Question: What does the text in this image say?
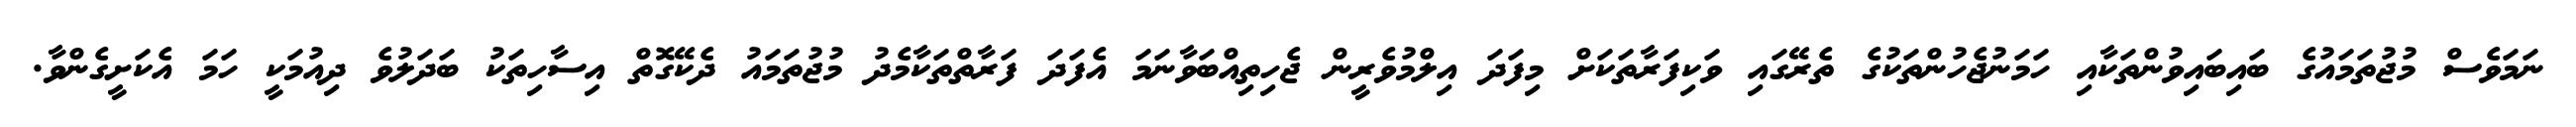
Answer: ނަމަވެސް މުޖުތަމައުގެ ބައިބައިވުންތަކާއި ހަމަނުޖެހުންތަކުގެ ތެރޭގައި ވަކިފަރާތަކަށް މިފަދަ އިލްމުވެރީން ޖެހިތިއްބަވާނަމަ އެފަދަ ފަރާތްތަކާމެދު މުޖުތަމައު ދެކޭގޮތް އިސާހިތަކު ބަދަލުވެ ދިއުމަކީ ހަމަ އެކަށީގެންވާ.